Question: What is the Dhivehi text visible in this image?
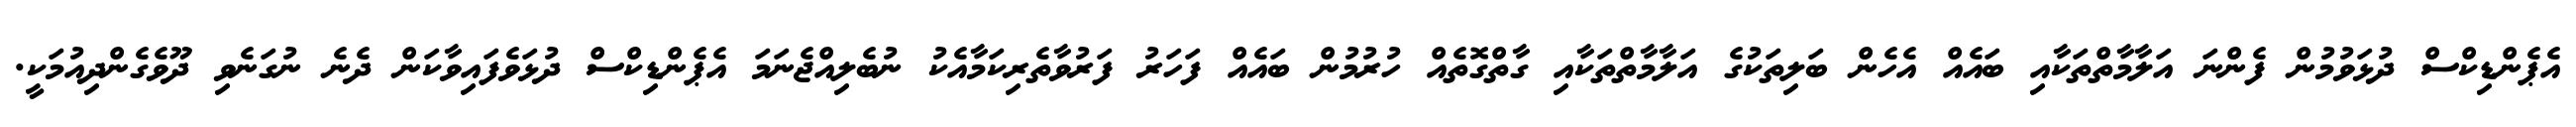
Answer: އެޕެންޑިކްސް ދުޅަވުމުން ފެންނަ އަލާމާތްތަކާއި ބައެއް އެހެން ބަލިތަކުގެ އަލާމާތްތަކާއި ގާތްގޮތެއް ހުރުމުން ބައެއް ފަހަރު ފަރުވާތެރިކަމާއެކު ނުބެލިއްޖެނަމަ އެޕެންޑިކްސް ދުޅަވެފައިވާކަން ދެނެ ނުގަނެވި ދޫވެގެންދިއުމަކީ.